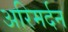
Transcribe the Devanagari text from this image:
अरिमर्दन